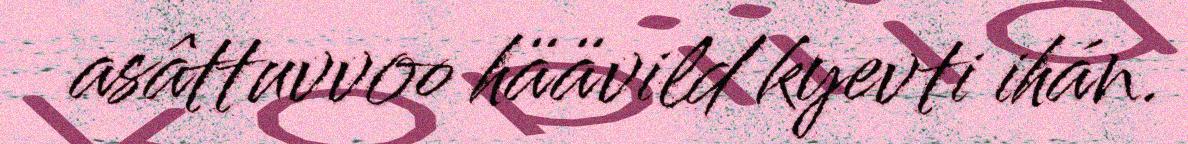
asâttuvvoo häävild kyevti ihán.